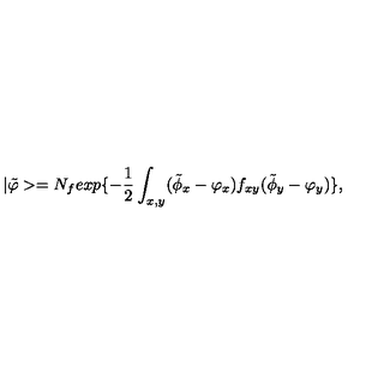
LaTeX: | \tilde { \varphi } > = N _ { f } e x p \{ - { \frac { 1 } { 2 } } \int _ { x , y } ( \tilde { \phi } _ { x } - \varphi _ { x } ) f _ { x y } ( \tilde { \phi } _ { y } - \varphi _ { y } ) \} ,